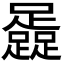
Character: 𨆬